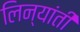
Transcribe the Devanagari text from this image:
लिन्यांती